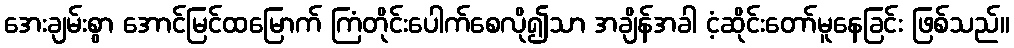
အေးချမ်းစွာ အောင်မြင်ထမြောက် ကြံတိုင်းပေါက်စေလို၍သာ အချိန်အခါ ငံ့ဆိုင်းတော်မူနေခြင်း ဖြစ်သည်။